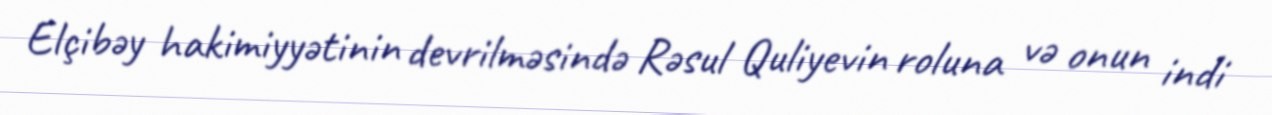
Elçibəy hakimiyyətinin devrilməsində Rəsul Quliyevin roluna və onun indi